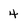
Character: 4